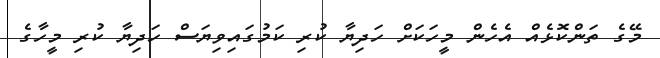
މޭގެ ތަންކޮޅެއް އެހެން މީހަކަށް ހަދިޔާ ކުރި ކަމުގައިވިޔަސް ހަދިޔާ ކުރި މީހާގެ